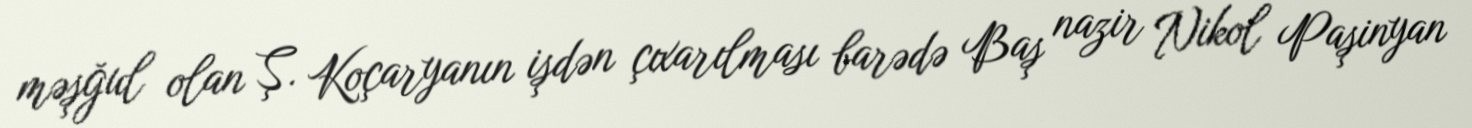
məşğul olan Ş. Koçaryanın işdən çıxarılması barədə Baş nazir Nikol Paşinyan